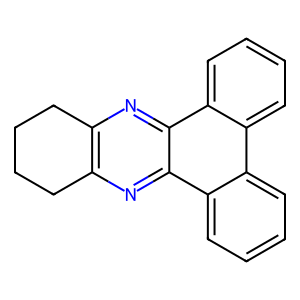
SMILES: c1ccc2c(c1)c1ccccc1c1nc3c(nc21)CCCC3
Inhibits HIV replication: No